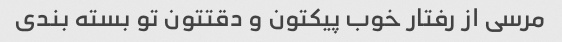
مرسی از رفتار خوب پیکتون و دقتتون تو بسته بندی